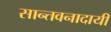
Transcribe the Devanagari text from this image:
सान्तवनादायी